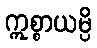
ဣစ္စာယမ္ပိ